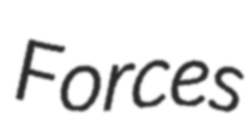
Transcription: Forces